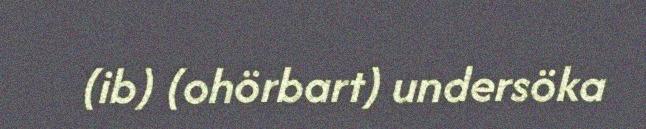
(ib) (ohörbart) undersöka